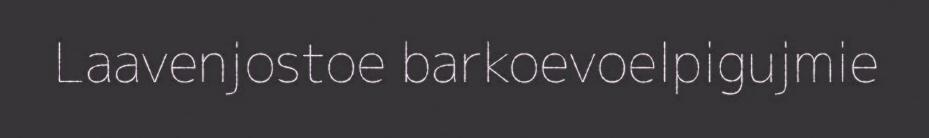
Laavenjostoe barkoevoelpigujmie